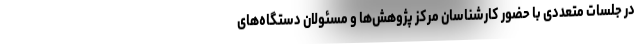
در جلسات متعددی با حضور کارشناسان مرکز پژوهش‌ها و مسئولان دستگاه‌های